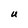
Character: U